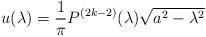
LaTeX: \begin{align*}u(\lambda)={1\over\pi}P^{(2k-2)}(\lambda)\sqrt{a^2-\lambda^2}\end{align*}